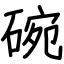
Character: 碗